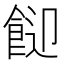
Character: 𩛓